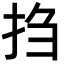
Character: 𫼝